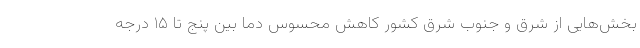
بخش‌هایی از شرق و جنوب شرق کشور کاهش محسوس دما بین پنج تا ۱۵ درجه